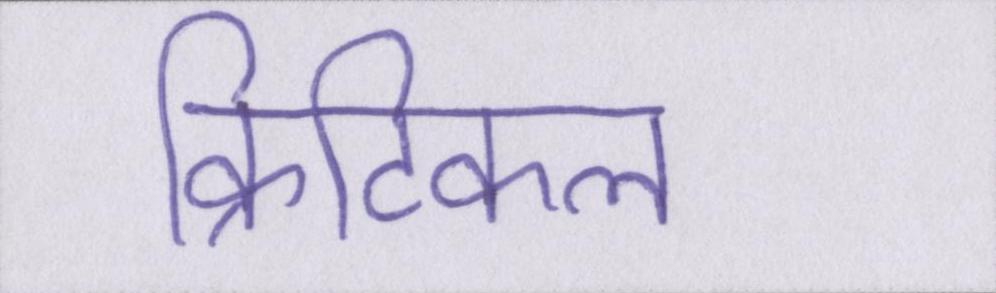
क्रिटिकल